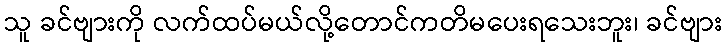
သူ ခင်ဗျားကို လက်ထပ်မယ်လို့တောင်ကတိမပေးရသေးဘူး၊ ခင်ဗျား